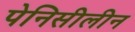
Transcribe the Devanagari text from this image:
पेनिसीलीन